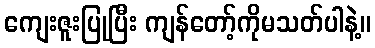
ကျေးဇူးပြုပြီး ကျန်တော့်ကိုမသတ်ပါနဲ့။